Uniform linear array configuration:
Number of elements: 32
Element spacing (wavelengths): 1
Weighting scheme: cosine
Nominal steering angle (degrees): -45
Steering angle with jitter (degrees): -46.121
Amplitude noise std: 0.05
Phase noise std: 0.05

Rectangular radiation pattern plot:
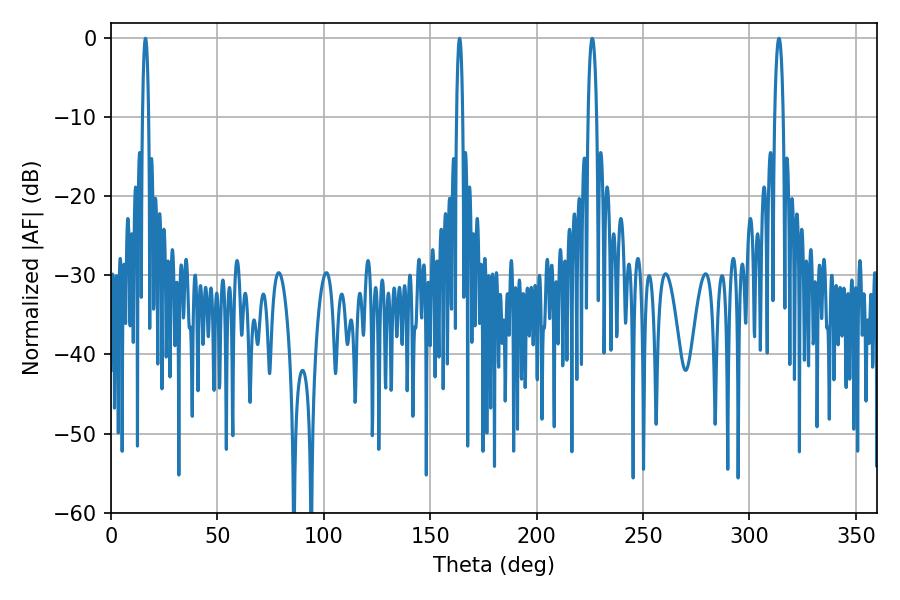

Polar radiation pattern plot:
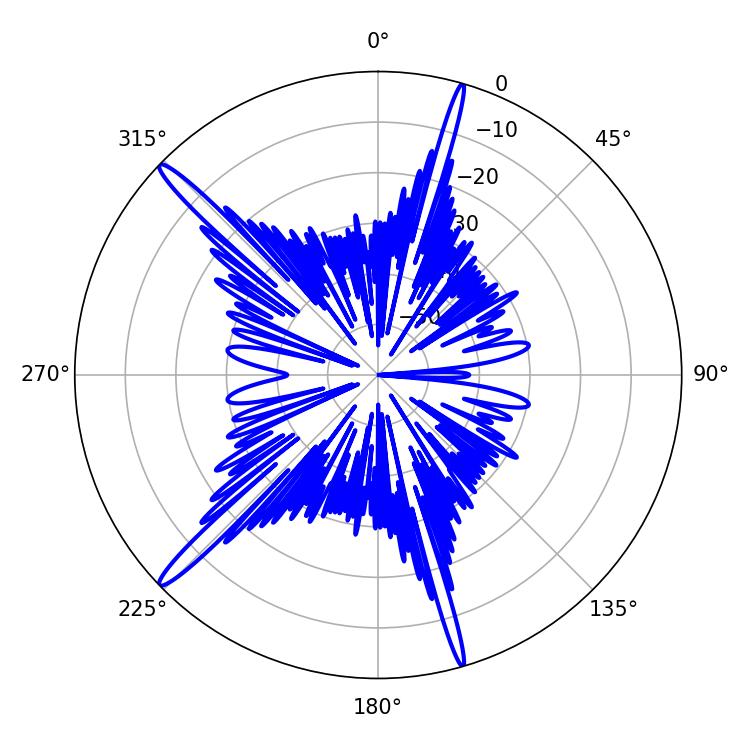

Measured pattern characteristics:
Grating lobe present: TRUE
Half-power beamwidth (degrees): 1.44
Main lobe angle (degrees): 16.2